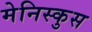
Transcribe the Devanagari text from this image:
मेनिस्कुस